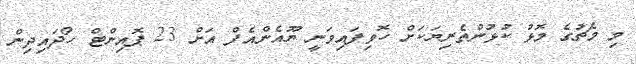
މި މެޗުގެ މޮޅު ކުޅުންތެރިޔަކަށް ހޮވިފައިވަނީ ޔޫއެންއެފް އަށް 23 ޕޮއިންޓް ހޯދައިދިން